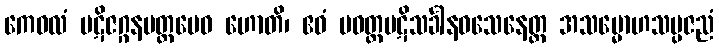
ကေဝလံ ပဋိဇဂ္ဂနမတ္တမေဝ ဟောတိ၊ ဧဝံ ပဝတ္တပဋိသင်္ခါနဝသေနေတ္ထ အသမ္မောဟသမ္ပဇညံ